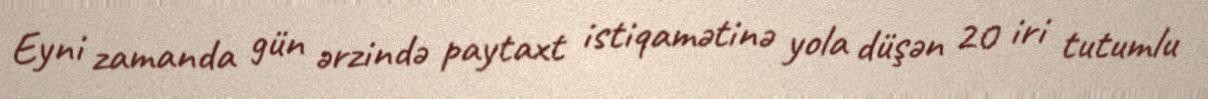
Eyni zamanda gün ərzində paytaxt istiqamətinə yola düşən 20 iri tutumlu